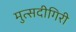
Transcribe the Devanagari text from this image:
मुत्सदीगिरी